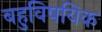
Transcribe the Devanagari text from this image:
बहुविषयिक